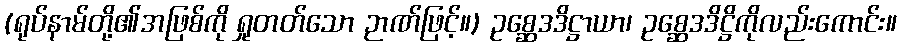
(ရုပ်နာမ်တို့၏အဖြစ်ကို ရှုတတ်သော ဉာဏ်ဖြင့်။) ဥစ္ဆေဒဒိဋ္ဌာယာ၊ ဥစ္ဆေဒဒိဋ္ဌိကိုလည်းကောင်း။